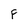
Character: F